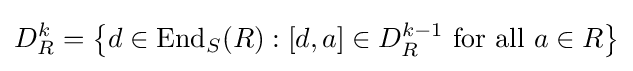
D_{R}^{k}=\left\{d\in \operatorname {End} _{S}(R):[d,a]\in D_{R}^{k-1}{\text{ for all }}a\in R\right\}